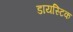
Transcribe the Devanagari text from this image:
डायस्टिक